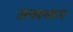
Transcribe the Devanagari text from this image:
तत्वस्वरूप